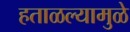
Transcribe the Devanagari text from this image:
हताळल्यामुळे